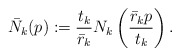
\begin{align*}\bar{N}_k (p) := \frac{t_k}{\bar{r}_k} N_{k} \left(\frac{\bar{r}_k p}{t_k}\right).\end{align*}